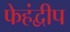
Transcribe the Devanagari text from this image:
फेहंद्वीप